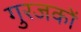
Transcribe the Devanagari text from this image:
गुरजकों